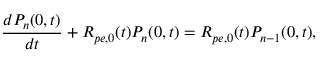
\frac { d P _ { n } ( 0 , t ) } { d t } + R _ { p e , 0 } ( t ) P _ { n } ( 0 , t ) = R _ { p e , 0 } ( t ) P _ { n - 1 } ( 0 , t ) ,